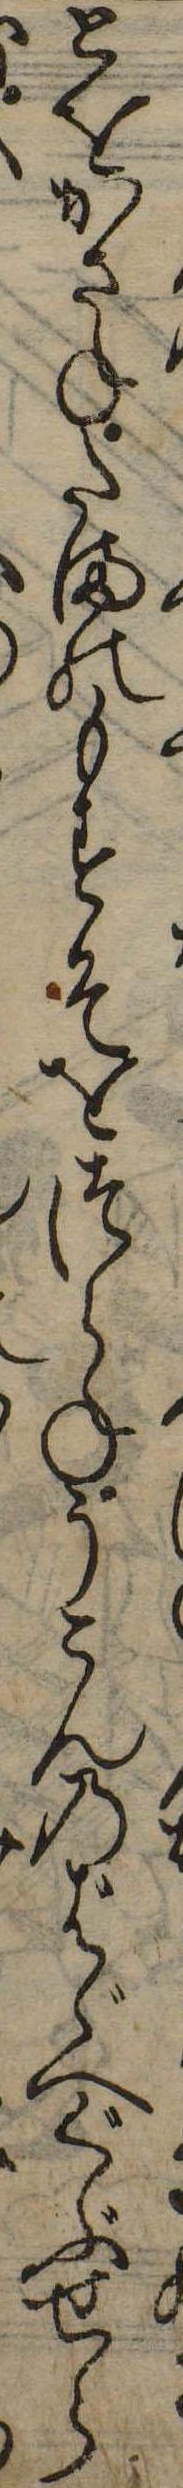
とをかさねたまのもすそをつらねうこんのばゞへぐぶせら